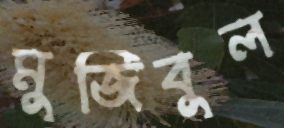
মুজিবুল